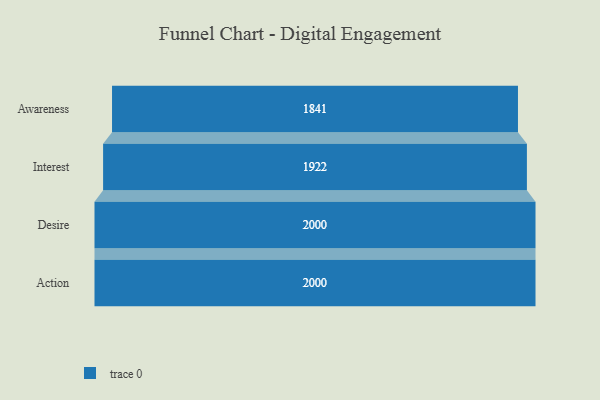
{"axis": {"x": "Stage", "y": "Value"}, "legend": [""], "data": [{"x": "Awareness", "y": 1841.0, "type": ""}, {"x": "Interest", "y": 1922.0, "type": ""}, {"x": "Desire", "y": 2000, "type": ""}, {"x": "Action", "y": 2000, "type": ""}]}